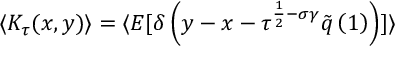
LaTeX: \langle K _ { \tau } ( x , y ) \rangle = \langle E [ \delta \left( y - x - \tau ^ { \frac { 1 } { 2 } - \sigma \gamma } \tilde { q } \left( 1 \right) \right) ] \rangle